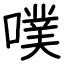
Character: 噗